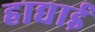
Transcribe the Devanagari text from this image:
हाद्याई